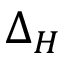
\Delta _ { H }